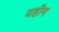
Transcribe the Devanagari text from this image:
यहीम